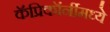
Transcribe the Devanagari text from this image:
कॅप्रिकॉर्नीमध्ये